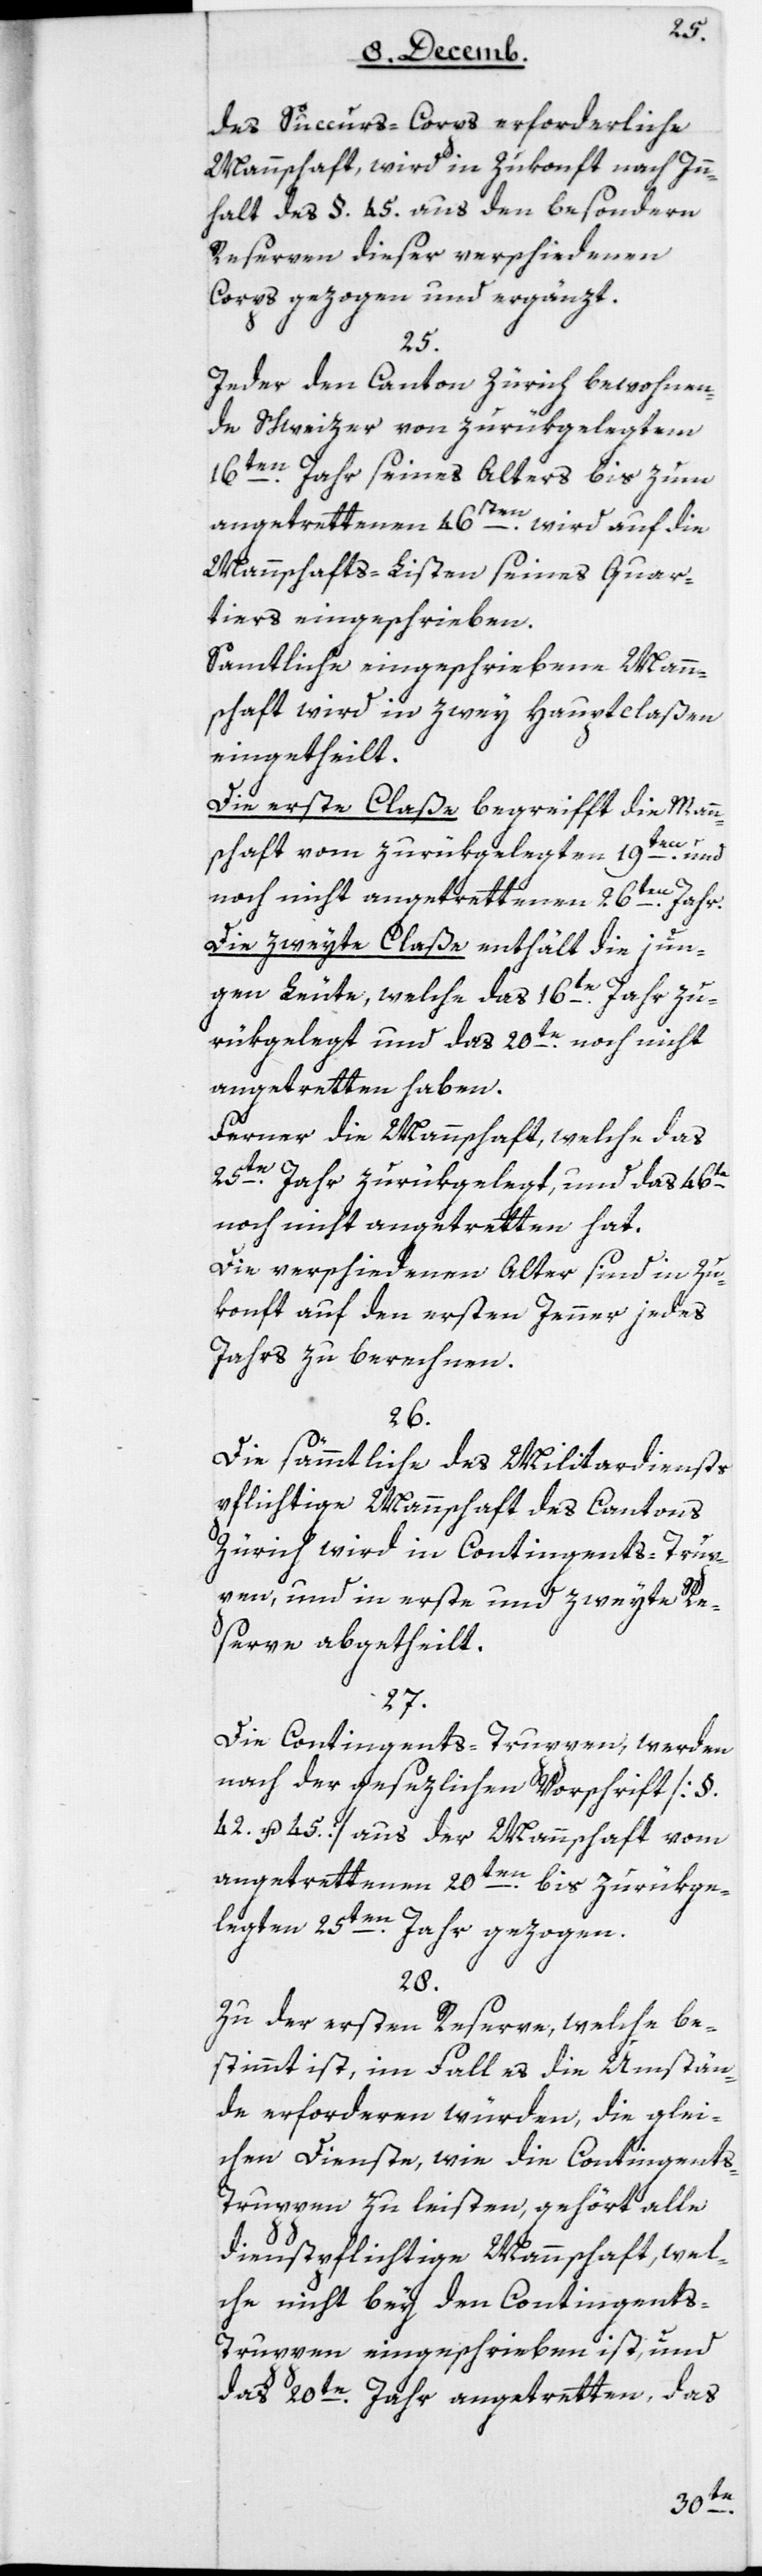
des Succurs-Corps erforderliche
Mannschaft, wird in Zukonft nach In¬
halt des § 45 aus den besondern
Reserven dieser veschiedenen
Corps gezogen und ergänzt.
25.
Jeder den Canton Zürich bewohnen¬
de Schweizer von zurükgelegtem
16ten Jahr seines Alters bis zum
angetrettenen 46ten wird auf die
Mannschafts-Listen seines Quar¬
tiers eingeschrieben.
Samtliche eingeschriebene Mann¬
schaft wird in zwey Hauptclaßen
eingetheilt:
Die erste Claße begreifft die Mann¬
schaft vom zurükgelegten 19ten und
noch nicht angetrettenen 26ten Jahr.
Die zweyte Claße enthält die jun¬
gen Leute, welche das 16te Jahr zu¬
rükgelegt und das 20te noch nicht
angetretten haben.
Ferner die Mannschaft, welche das
25te Jahr zurükgelegt und das 46te
noch nicht angetretten hat.
Die verschiedenen Alter sind in Zu¬
konft auf den ersten Jenner jedes
Jahrs zu berechnen.
26.
Die sämmtliche des Militardiensts
pflichtige Mannschaft des Cantons
Zürich wird in Contingents-Trup¬
pen und in erste und zweyte Re¬
serve abgetheilt.
27.
Die Contingents-Truppen werden
nach der gesezlichen Vorschrift [§
42 und 45] aus der Mannschaft vom
angetrettenen 20ten bis zurükge¬
legten 25ten Jahr gezogen.
28.
Zu der ersten Reserve, welche be¬
stimmt ist, im Fall es die Umstän¬
de erforderen würden, die glei¬
chen Dienste, wie die Contingent¬
s-Truppen zu leisten, gehört alle
dienstpflichtige Mannschaft, wel¬
che nicht bey den Contingent¬
s-Truppen eingeschrieben ist, und
das 20te Jahr angetreten, das